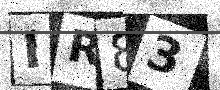
Text: IR83